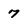
Character: 7